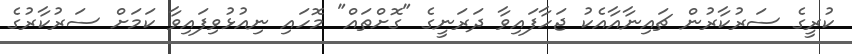
ކުރީގެ ސަރުކާރުން ޗައިނާއާއެކު ޖަހާފައިވާ ދަރަނީގެ "ގޮށްތައް" މޮހައި ނިއުޅުވިފައިވާ ކަމަށް ސަރުކާރުގެ